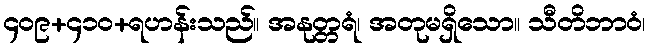
၄၀၉+၄၁၀+ရဟန်းသည်။ အနုတ္တရံ၊ အတုမရှိသော။ သီတိဘာဝံ၊